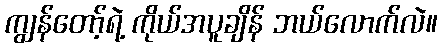
ကျွန်တော့်ရဲ့ ကိုယ်အပူချိန် ဘယ်လောက်လဲ။